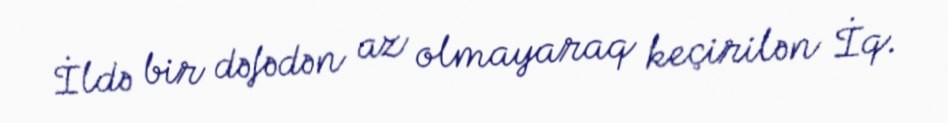
İldə bir dəfədən az olmayaraq keçirilən İq.